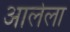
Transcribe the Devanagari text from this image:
अालेला